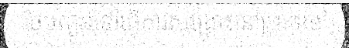
ថៃបញ្ជូនទៅធ្វើការសង្គ្រោះនៅប្រទេស